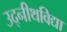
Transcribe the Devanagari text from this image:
उद्नीथविद्या